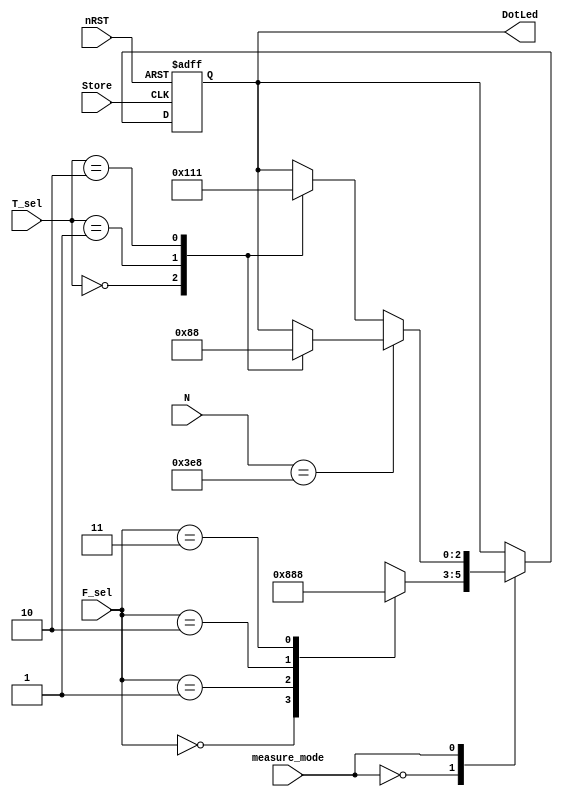
module Dotled (DotLed, Store, nRST, measure_mode, N, F_sel, T_sel); 
output reg 	[2:0]   DotLed;
input      	[1:0]	F_sel, T_sel;
input      			Store, nRST, measure_mode;
input 		[15:0] 	N;
always @(posedge Store, negedge nRST)
begin
	if(!nRST) 
		DotLed <= 3'b000;
	else begin
		case(measure_mode)
			0:begin
				case(F_sel)
					2'b00: DotLed <= 3'b100;
					2'b01: DotLed <= 3'b010;
					2'b10: DotLed <= 3'b001;
					2'b11: DotLed <= 3'b000;
				endcase	
			end
			1:begin
				if(N==1000)begin
					case(T_sel)
						2'b00: DotLed <= 3'b010;
						2'b01: DotLed <= 3'b001;
						2'b10: DotLed <= 3'b000;
					endcase
				end
				else begin
					case(T_sel)
						2'b00: DotLed <= 3'b100;
						2'b01: DotLed <= 3'b010;
						2'b10: DotLed <= 3'b001;
					endcase
				end
			end
		endcase
	end
end
endmodule